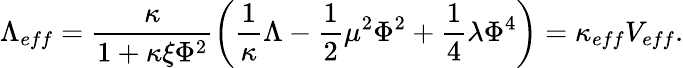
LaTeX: \Lambda_{eff}=\frac{\kappa}{1+\kappa\xi\Phi^{2}}\left(\frac{1}{\kappa}\Lambda-\frac{1}{2}\mu^{2}\Phi^{2}+\frac{1}{4}\lambda\Phi^{4}\right)=\kappa_{eff}V_{eff}.